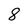
Character: 8